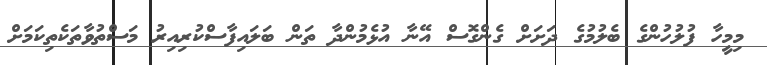
މިމީހާ ފުލުހުންގެ ބެލުމުގެ ދަށަށް ގެންގޮސް އޭނާ އުޅެމުންދާ ތަން ބަލައިފާސްކުރިއިރު މަސްތުވާތަކެތިކަމަށް